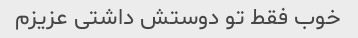
خوب فقط تو دوستش داشتی عزیزم